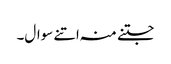
جتنے منہ اتنے سوال۔